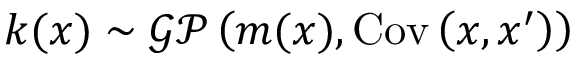
\boldsymbol { k } ( \boldsymbol { x } ) \sim \mathcal { G P } \left( m ( \boldsymbol { x } ) , \operatorname { C o v } \left( \boldsymbol { x } , \boldsymbol { x } ^ { \prime } \right) \right)